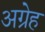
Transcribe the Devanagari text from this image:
अग्रेह